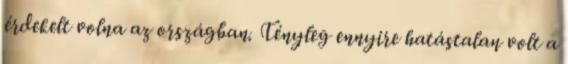
érdekelt volna az országban. Tényleg ennyire hatástalan volt a